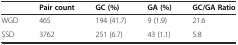
<table><thead><tr><td></td><td><b>Pair count</b></td><td><b>GC (%)</b></td><td><b>GA (%)</b></td><td><b>GC/GA Ratio</b></td></tr></thead><tbody><tr><td>WGD</td><td>465</td><td>194 (41.7)</td><td>9 (1.9)</td><td>21.6</td></tr><tr><td>SSD</td><td>3762</td><td>251 (6.7)</td><td>43 (1.1)</td><td>5.8</td></tr></tbody></table>